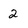
Character: 2